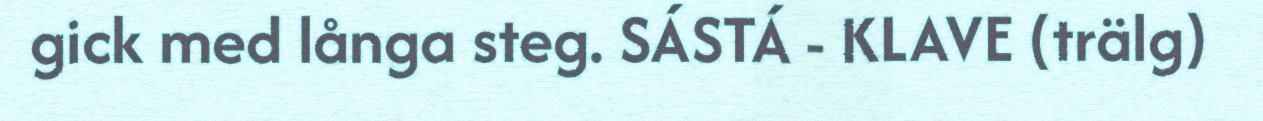
gick med långa steg. SÁSTÁ - KLAVE (trälg)